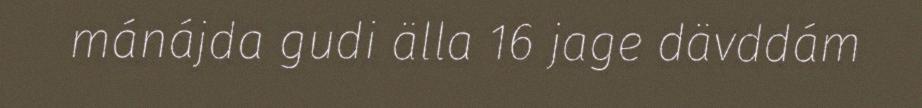
mánájda gudi älla 16 jage dävddám